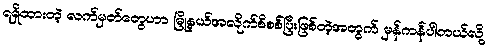
ရရှိထားတဲ့ လက်မှတ်တွေဟာ မြို့နယ်အလိုက်စိစစ်ပြီးဖြစ်တဲ့အတွက် မှန်ကန်ပါတယ်လို့